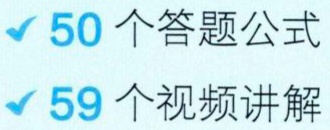
$\checkmark 50个答题公式$
$\checkmark 59个视频讲解$